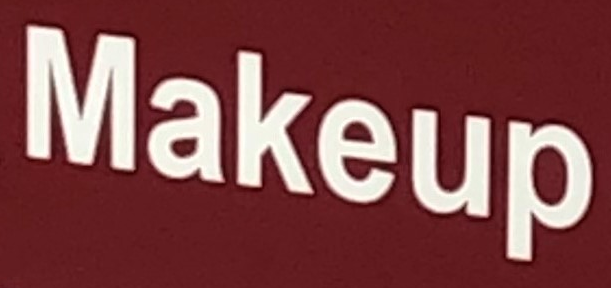
Makeup